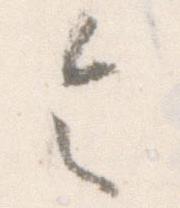
令